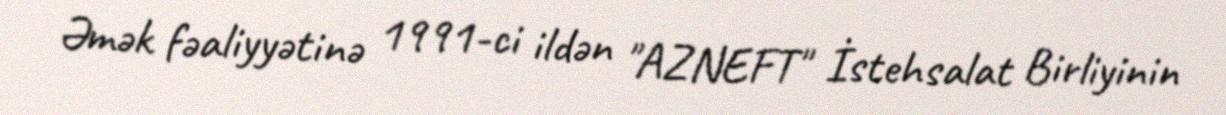
Əmək fəaliyyətinə 1991-ci ildən "AZNEFT" İstehsalat Birliyinin